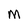
Character: M